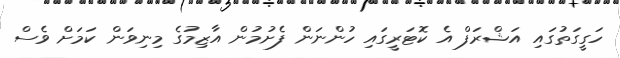
ހަގީގަތުގައި އަޝްރަފް އެ ކޮޓަރީގައި ހުންނަން ފެށުމުން އާޒިމުގެ މިނިވަން ކަމަށް ވެސް